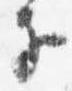
子